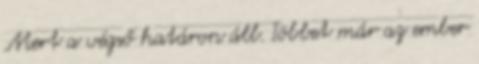
Mert a végső határon áll. Többet már az ember